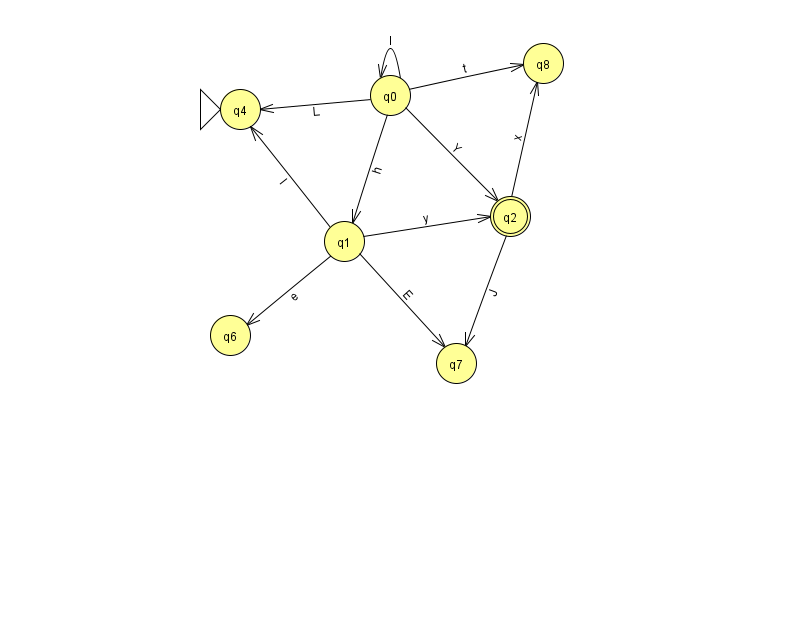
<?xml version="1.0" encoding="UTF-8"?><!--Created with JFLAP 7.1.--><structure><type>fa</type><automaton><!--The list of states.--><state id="0" name="q0"><x>390.0</x><y>82.0</y></state><state id="1" name="q1"><x>344.0</x><y>228.0</y></state><state id="2" name="q2"><x>510.0</x><y>203.0</y><final/></state><state id="4" name="q4"><x>240.0</x><y>96.0</y><initial/></state><state id="6" name="q6"><x>230.0</x><y>322.0</y></state><state id="7" name="q7"><x>456.0</x><y>350.0</y></state><state id="8" name="q8"><x>543.0</x><y>50.0</y></state><!--The list of transitions.--><transition><from>0</from><to>4</to><read>L</read></transition><transition><from>1</from><to>4</to><read>l</read></transition><transition><from>1</from><to>7</to><read>E</read></transition><transition><from>2</from><to>7</to><read>J</read></transition><transition><from>1</from><to>6</to><read>e</read></transition><transition><from>0</from><to>2</to><read>Y</read></transition><transition><from>1</from><to>2</to><read>y</read></transition><transition><from>0</from><to>1</to><read>h</read></transition><transition><from>2</from><to>8</to><read>x</read></transition><transition><from>0</from><to>8</to><read>t</read></transition><transition><from>0</from><to>0</to><read>l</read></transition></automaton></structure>